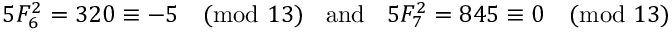
5 F _ { 6 } ^ { 2 } = 3 2 0 \equiv - 5 { \pmod { 1 3 } } \; \; { \mathrm { ~ a n d ~ } } \; \; 5 F _ { 7 } ^ { 2 } = 8 4 5 \equiv 0 { \pmod { 1 3 } }